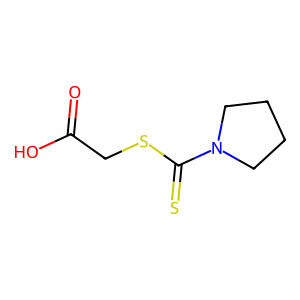
SMILES: O=C(O)CSC(=S)N1CCCC1
Inhibits HIV replication: No